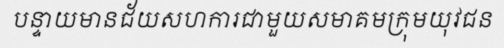
បន្ទាយមានជ័យសហការជាមួយសមាគមក្រុមយុវជន